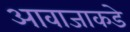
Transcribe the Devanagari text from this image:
आवाजाकडे